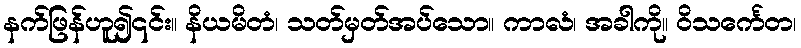
နက်ဖြန်ဟူ၍၎င်း။ နိယမိတံ၊ သတ်မှတ်အပ်သော။ ကာလံ၊ အခါကို။ ဝိသင်္ကေတ၊